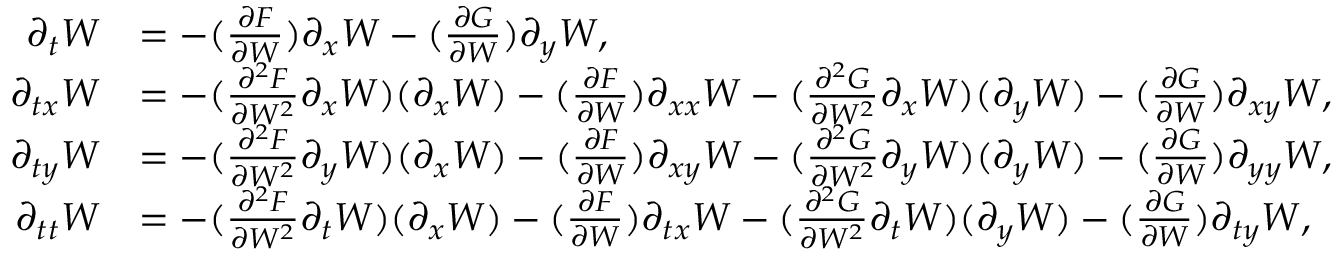
\begin{array} { r l } { \partial _ { t } W } & { = - ( \frac { \partial F } { \partial W } ) \partial _ { x } W - ( \frac { \partial G } { \partial W } ) \partial _ { y } W , } \\ { \partial _ { t x } W } & { = - ( \frac { \partial ^ { 2 } F } { \partial W ^ { 2 } } \partial _ { x } W ) ( \partial _ { x } W ) - ( \frac { \partial F } { \partial W } ) \partial _ { x x } W - ( \frac { \partial ^ { 2 } G } { \partial W ^ { 2 } } \partial _ { x } W ) ( \partial _ { y } W ) - ( \frac { \partial G } { \partial W } ) \partial _ { x y } W , } \\ { \partial _ { t y } W } & { = - ( \frac { \partial ^ { 2 } F } { \partial W ^ { 2 } } \partial _ { y } W ) ( \partial _ { x } W ) - ( \frac { \partial F } { \partial W } ) \partial _ { x y } W - ( \frac { \partial ^ { 2 } G } { \partial W ^ { 2 } } \partial _ { y } W ) ( \partial _ { y } W ) - ( \frac { \partial G } { \partial W } ) \partial _ { y y } W , } \\ { \partial _ { t t } W } & { = - ( \frac { \partial ^ { 2 } F } { \partial W ^ { 2 } } \partial _ { t } W ) ( \partial _ { x } W ) - ( \frac { \partial F } { \partial W } ) \partial _ { t x } W - ( \frac { \partial ^ { 2 } G } { \partial W ^ { 2 } } \partial _ { t } W ) ( \partial _ { y } W ) - ( \frac { \partial G } { \partial W } ) \partial _ { t y } W , } \end{array}